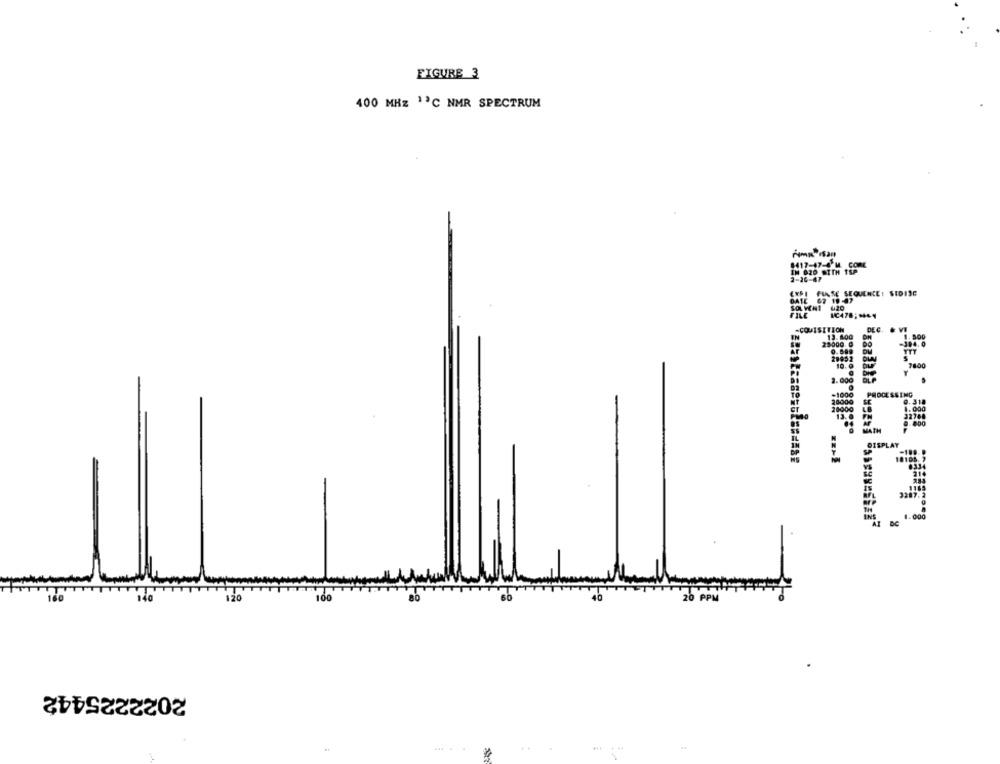
FIGURE 3
400 MHZ 1ª℃ NMR SPECTRUM
1417-43
-COM
DEC
PROCESSING
DISPLA
1. 00
20 A
2022225442